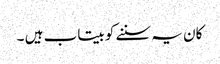
کان یہ سننے کو بیتاب ہیں ۔